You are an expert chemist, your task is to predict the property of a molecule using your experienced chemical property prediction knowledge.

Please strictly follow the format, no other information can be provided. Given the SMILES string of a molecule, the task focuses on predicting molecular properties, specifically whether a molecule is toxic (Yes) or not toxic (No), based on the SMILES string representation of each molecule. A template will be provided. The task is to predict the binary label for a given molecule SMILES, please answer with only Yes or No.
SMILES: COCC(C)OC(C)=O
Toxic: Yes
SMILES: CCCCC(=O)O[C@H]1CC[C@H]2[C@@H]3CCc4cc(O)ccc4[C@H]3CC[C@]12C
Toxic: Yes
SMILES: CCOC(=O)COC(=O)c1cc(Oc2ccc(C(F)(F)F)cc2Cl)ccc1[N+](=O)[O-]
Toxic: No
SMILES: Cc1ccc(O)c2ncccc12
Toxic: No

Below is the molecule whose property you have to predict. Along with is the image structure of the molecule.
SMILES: CCCOC(=O)Cc1ccc(OCC(=O)N(CC)CC)c(OC)c1
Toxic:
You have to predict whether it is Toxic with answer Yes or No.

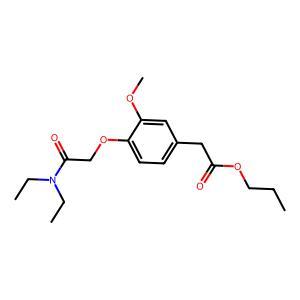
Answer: No